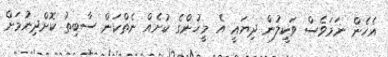
އެހެން ނަމަވެސް ވަކީލުން ދިޔައީ އެ މީހުންގެ ކުށެއް ނެތްކަން ސާބިތު ކޮށްދިނުމަށް